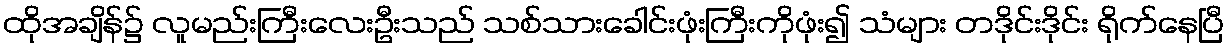
ထိုအချိန်၌ လူမည်းကြီးလေးဦးသည် သစ်သားခေါင်းဖုံးကြီးကိုဖုံး၍ သံများ တဒိုင်းဒိုင်း ရိုက်နေပြီ